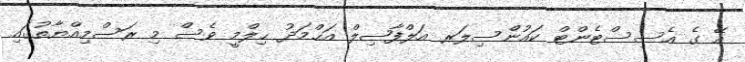
އޭ ގެ އެސިސްޓެންޓް ކައުންސިލަރ އަލްފާޟިލް އަޙްމަދު ޙިލްމީ ވެސް މި ރަސްމިއްޔާތުގައި